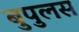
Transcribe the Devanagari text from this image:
बुपुलस